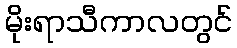
မိုးရာသီကာလတွင်